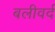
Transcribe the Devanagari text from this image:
बलीवर्द